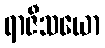
ရာဇီသယော